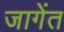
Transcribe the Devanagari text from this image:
जागेंत